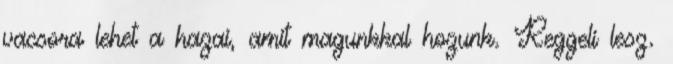
vacsora lehet a hazai, amit magunkkal hozunk. Reggeli lesz.